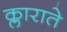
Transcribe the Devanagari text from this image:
क्लाराते